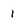
Character: 1